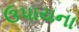
ઉપાયના